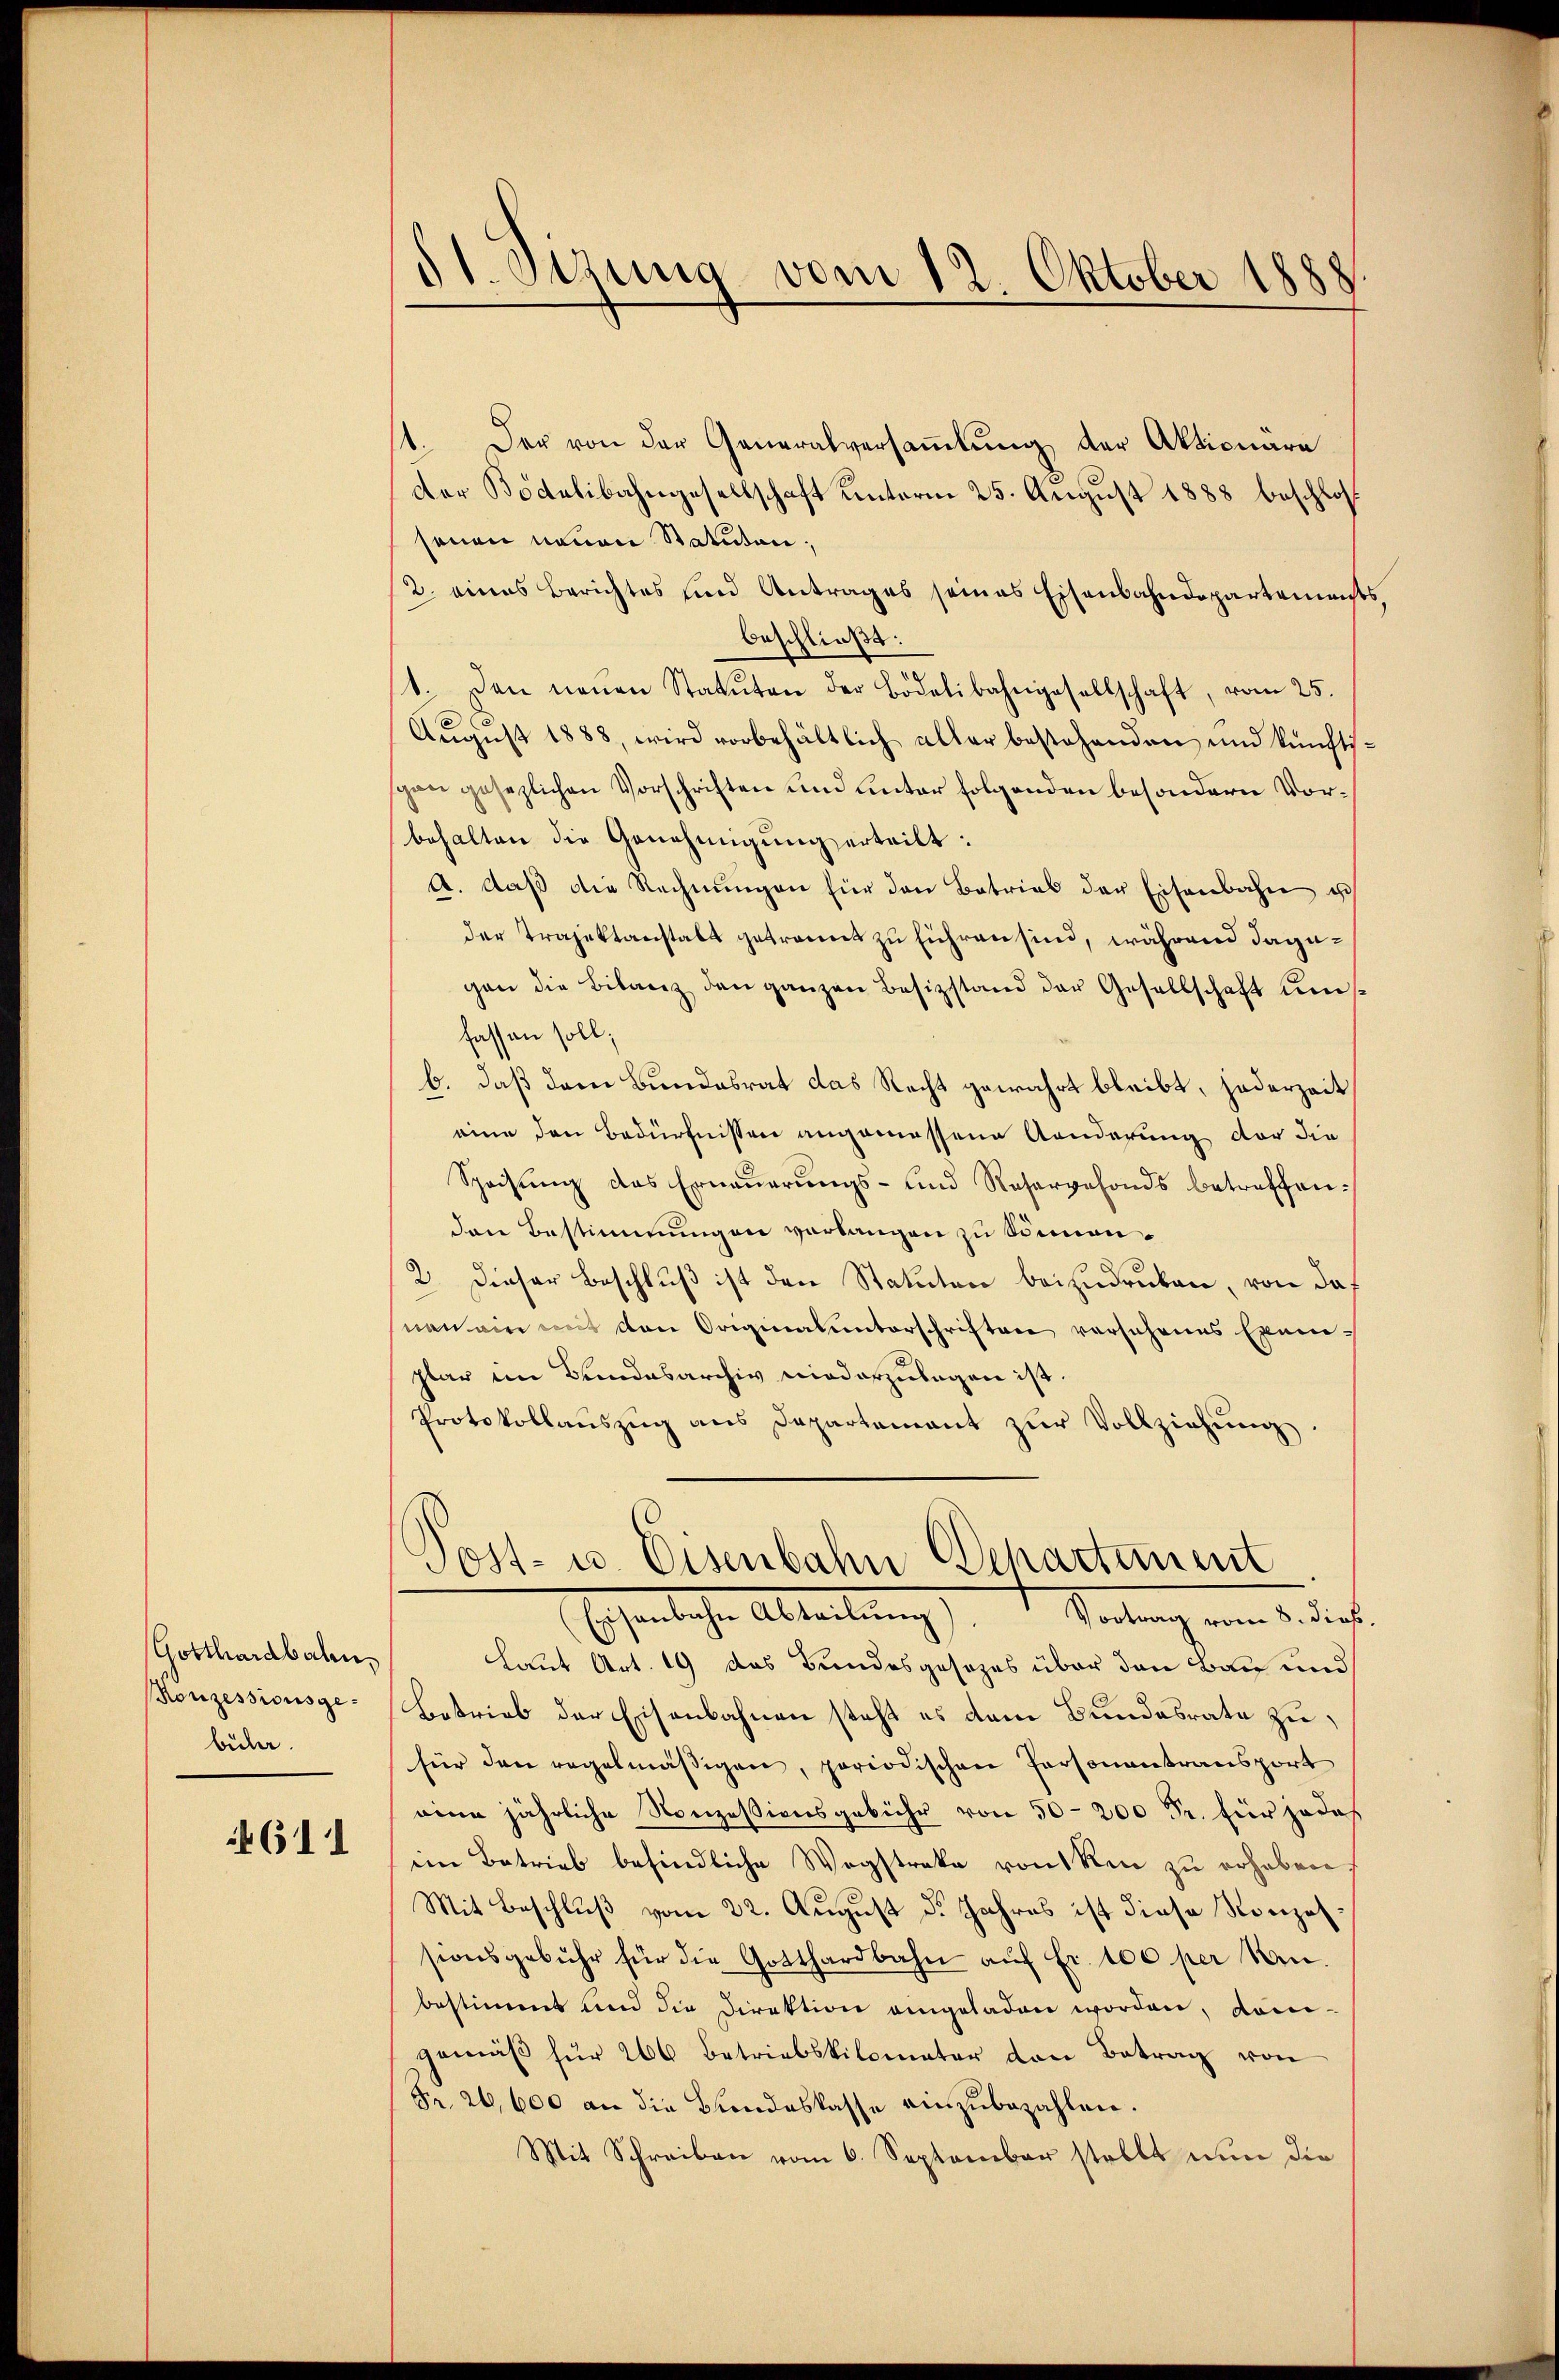
Gotthardbahn
Ronzessionsgebühr.

611

§ 1. Jezuna vom 12. Oktober 1888

11. Der von der Generalversammlung der Aktionäre
der Bodelibahngesellschaft unterm 25. August 1888 beschloß
senen neuen Statuten,
2. eines Berichtes und Antrages seines Eisenbahndepartements
beschließt:
.
1. Den neŭen Statuten der Bödelibahngesellschaft, vom 25.
Aŭgŭst 1888, wird vorbehältlich aller bestehenden und künftis-
pen gesezlichen Vorschriften und unter folgenden besondern Vorbehalten die Genehmigung erteilt:
A. daβ die Rechnŭngen für den Betrieb der Eisenbahn u
der Trajettanstalt getrannt zu führen sind, während dagegen die Bilanz den ganzen Besizstand der Gesellschaft un
fassen soll;
b. daß dem Bundesrat das Recht gewahrt bleibt, jederzeit
eine den Bedürfnissen angemessene Aenderung der die
Speisŭng des Erneŭerŭngs- und Reservefonds betreffenden Bestimmungen verlangen zu Sonnen¬
2. Dieser Beschluß ist den Statuten beizudrucken, von daf
neu ein mit den Originalunterschriften versehenes Exem-
plar im Bundesarchiv niederzulegen ist.
Protokollaŭszŭg ans Departamant zŭr Vollziehŭng.
Post- u. Eisenbahn Departement
Eschenlichen Abteilung     Stellung ein Bediert.
Laut Art. 19 das Bundesgesezes über den Bau und
Betrieb der Eisenbahnen steht es dem Bundesrate zu
für den regelmäβigen, periodischen Personantransport
eine jährliche Nonzessionsgebühr von 50-200 Fr. für jedoch
iin Betrieb befindliche Wegstrake von ken zŭ erhaben.
Mit Beschluß vom 22. August d. Jahres ist diese Konzessionsgebühr für die Gotthardbahn aŭf Fr. 100 per Min
bestimmt und die Direktion angeladen worden, dom-
gemäβ für 206 betriebskilometer den Betrag von
Fr. 26,600 an die Bundeskasse einzŭbezahlen.
Mit Schreiben vom 6. September stellt nun die